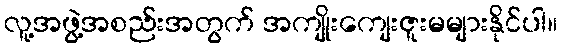
လူ့အဖွဲ့အစည်းအတွက် အကျိုးကျေးဇူးမများနိုင်ပါ။